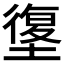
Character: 𰊯